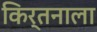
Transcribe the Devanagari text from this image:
किर्तनाला